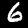
Label: 6